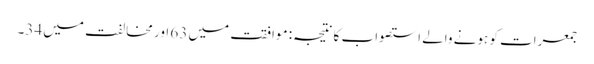
جمعرات کو ہونے والے استصواب کا نتیجہ: موافقت میں 63 اور مخالفت میں 34۔